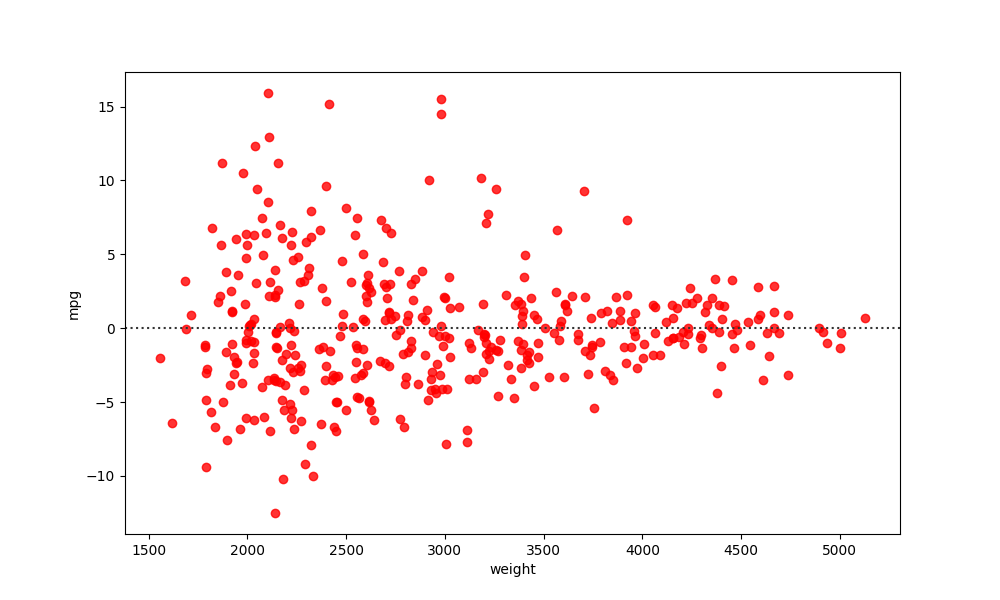
python, seaborn, residplot, lowess=False, scatter_color=red